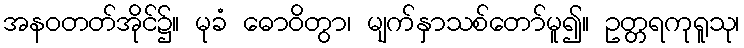
အနဝတတ်အိုင်၌။ မုခံ ဓောဝိတွာ၊ မျက်နှာသစ်တော်မူ၍။ ဥတ္တရကုရူသု၊